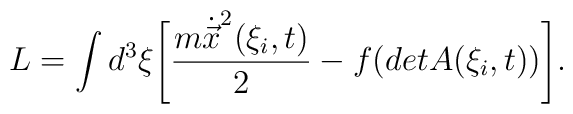
L=\int d^3 \xi\Biggl[\frac{m\dot{\vec x}^2(\xi_i,t)}{2}-f(detA(\xi_i,t))\Biggr].